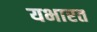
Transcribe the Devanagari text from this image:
यभारत